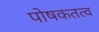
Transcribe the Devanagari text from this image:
पोषकतत्व